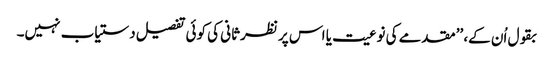
بقول اُن کے، ’’مقدمے کی نوعیت یا اس پر نظرثانی کی کوئی تفصیل دستیاب نہیں۔